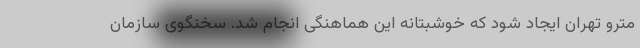
مترو تهران ایجاد شود که خوشبتانه این هماهنگی انجام شد. سخنگوی سازمان